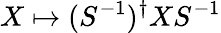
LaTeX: X\mapsto(S^{-1})^{\dagger}XS^{-1}